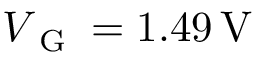
V _ { \textrm { G } } = 1 . 4 9 \, \mathrm { V }